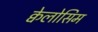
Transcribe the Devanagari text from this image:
क्वेलोसिम